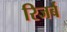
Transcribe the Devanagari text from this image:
रिजर्ब